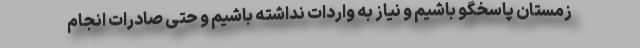
زمستان پاسخگو باشیم و نیاز به واردات نداشته باشیم و حتی صادرات انجام